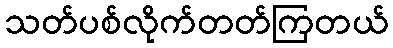
သတ်ပစ်လိုက်တတ်ကြတယ်